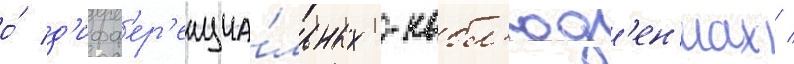
о́ д'ифф'ер'енциа́льных -набл'юд'ен'иах /